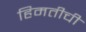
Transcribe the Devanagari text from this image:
हिमतीची